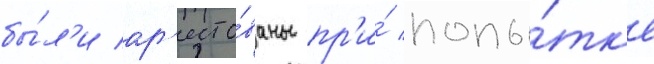
бы́л'и ар'есто́ваны пр'и́ попы́тк'е